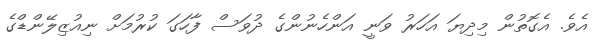
އެވެ. އެގޮތުން މިދިޔަ އަހަރު ވަނީ އަންހެނުންގެ ދުވަސް ފާހަގަ ކުރުމަށް ނިއުޒިލޭންޑްގެ